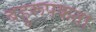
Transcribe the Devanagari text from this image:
बहुरूपकता